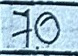
70